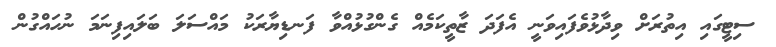
ސިޓީގައި އިތުރަށް ވިދާޅުވެފައިވަނީ އެފަދަ ޒާތީކަމެއް ގެންގުޅުއްވާ ފަނޑިޔާރަކު މައްސަލަ ބަލައިފިނަމަ ނުހައްގުން